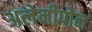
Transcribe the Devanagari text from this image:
अलेमीपोन